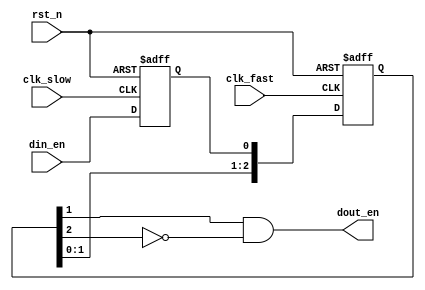
module edge_detect_sync (
	input clk_slow,    // slow Clock
	input clk_fast,    // fast Clock
	input rst_n   ,    // Asynchronous reset active low
	input din_en  ,

	output dout_en
);
	reg din_en_reg ;
	reg [2 : 0] dout_en_reg ;

	always @(posedge clk_slow or negedge rst_n) begin
		if (rst_n == 1'b0) begin
			din_en_reg <= 1'b0 ;
		end
		else begin
			din_en_reg <= din_en ;
		end
	end

	always @(posedge clk_fast or negedge rst_n) begin
		if (rst_n == 1'b0) begin
			dout_en_reg[2:0] <= 3'b000 ;
		end
		else begin
			dout_en_reg[2:0] <= {dout_en_reg[1:0], din_en_reg} ;
		end
	end

	assign dout_en = dout_en_reg[1] && !dout_en_reg[2] ; //rising edge
    // assign dout_en = !dout_en_reg[1] && dout_en_reg[2] ; //falling edge


endmodule